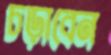
চড়াবেন